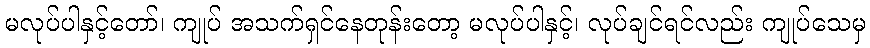
မလုပ်ပါနှင့်တော်၊ ကျုပ် အသက်ရှင်နေတုန်းတော့ မလုပ်ပါနှင့်၊ လုပ်ချင်ရင်လည်း ကျုပ်သေမှ